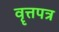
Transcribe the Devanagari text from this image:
वॄत्तपत्र